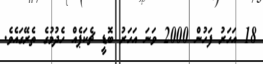
18 އަހަރު ފަހުން 2000 ވަނަ އަހަރު ބޮޑީ ޗެކަޕެއް ހެދުމުގެ ތެރޭގައެވެ.